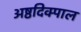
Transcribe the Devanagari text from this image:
अष्ठदिक्पाल